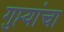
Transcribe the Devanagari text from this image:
गुप्त्यांचा